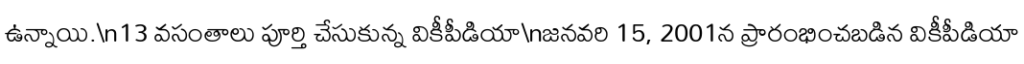
ఉన్నాయి.\n13 వసంతాలు పూర్తి చేసుకున్న వికీపీడియా\nజనవరి 15, 2001న ప్రారంభించబడిన వికీపీడియా